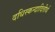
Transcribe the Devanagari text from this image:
दधिस्कन्दादितीर्थ